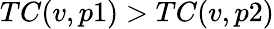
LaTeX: TC(v,p1)>TC(v,p2)